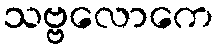
သဗ္ဗလောကေ